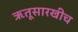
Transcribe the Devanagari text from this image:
ऋतूसारखीच